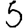
Digit: 5